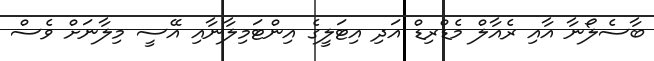
ބާސެލޯނާ އާއި ރެއާލް މެޑްރިޑް އަދި އިޓަލީގެ އިންޓަމިލާނާއި އޭސީ މިލާނަށް ވެސް